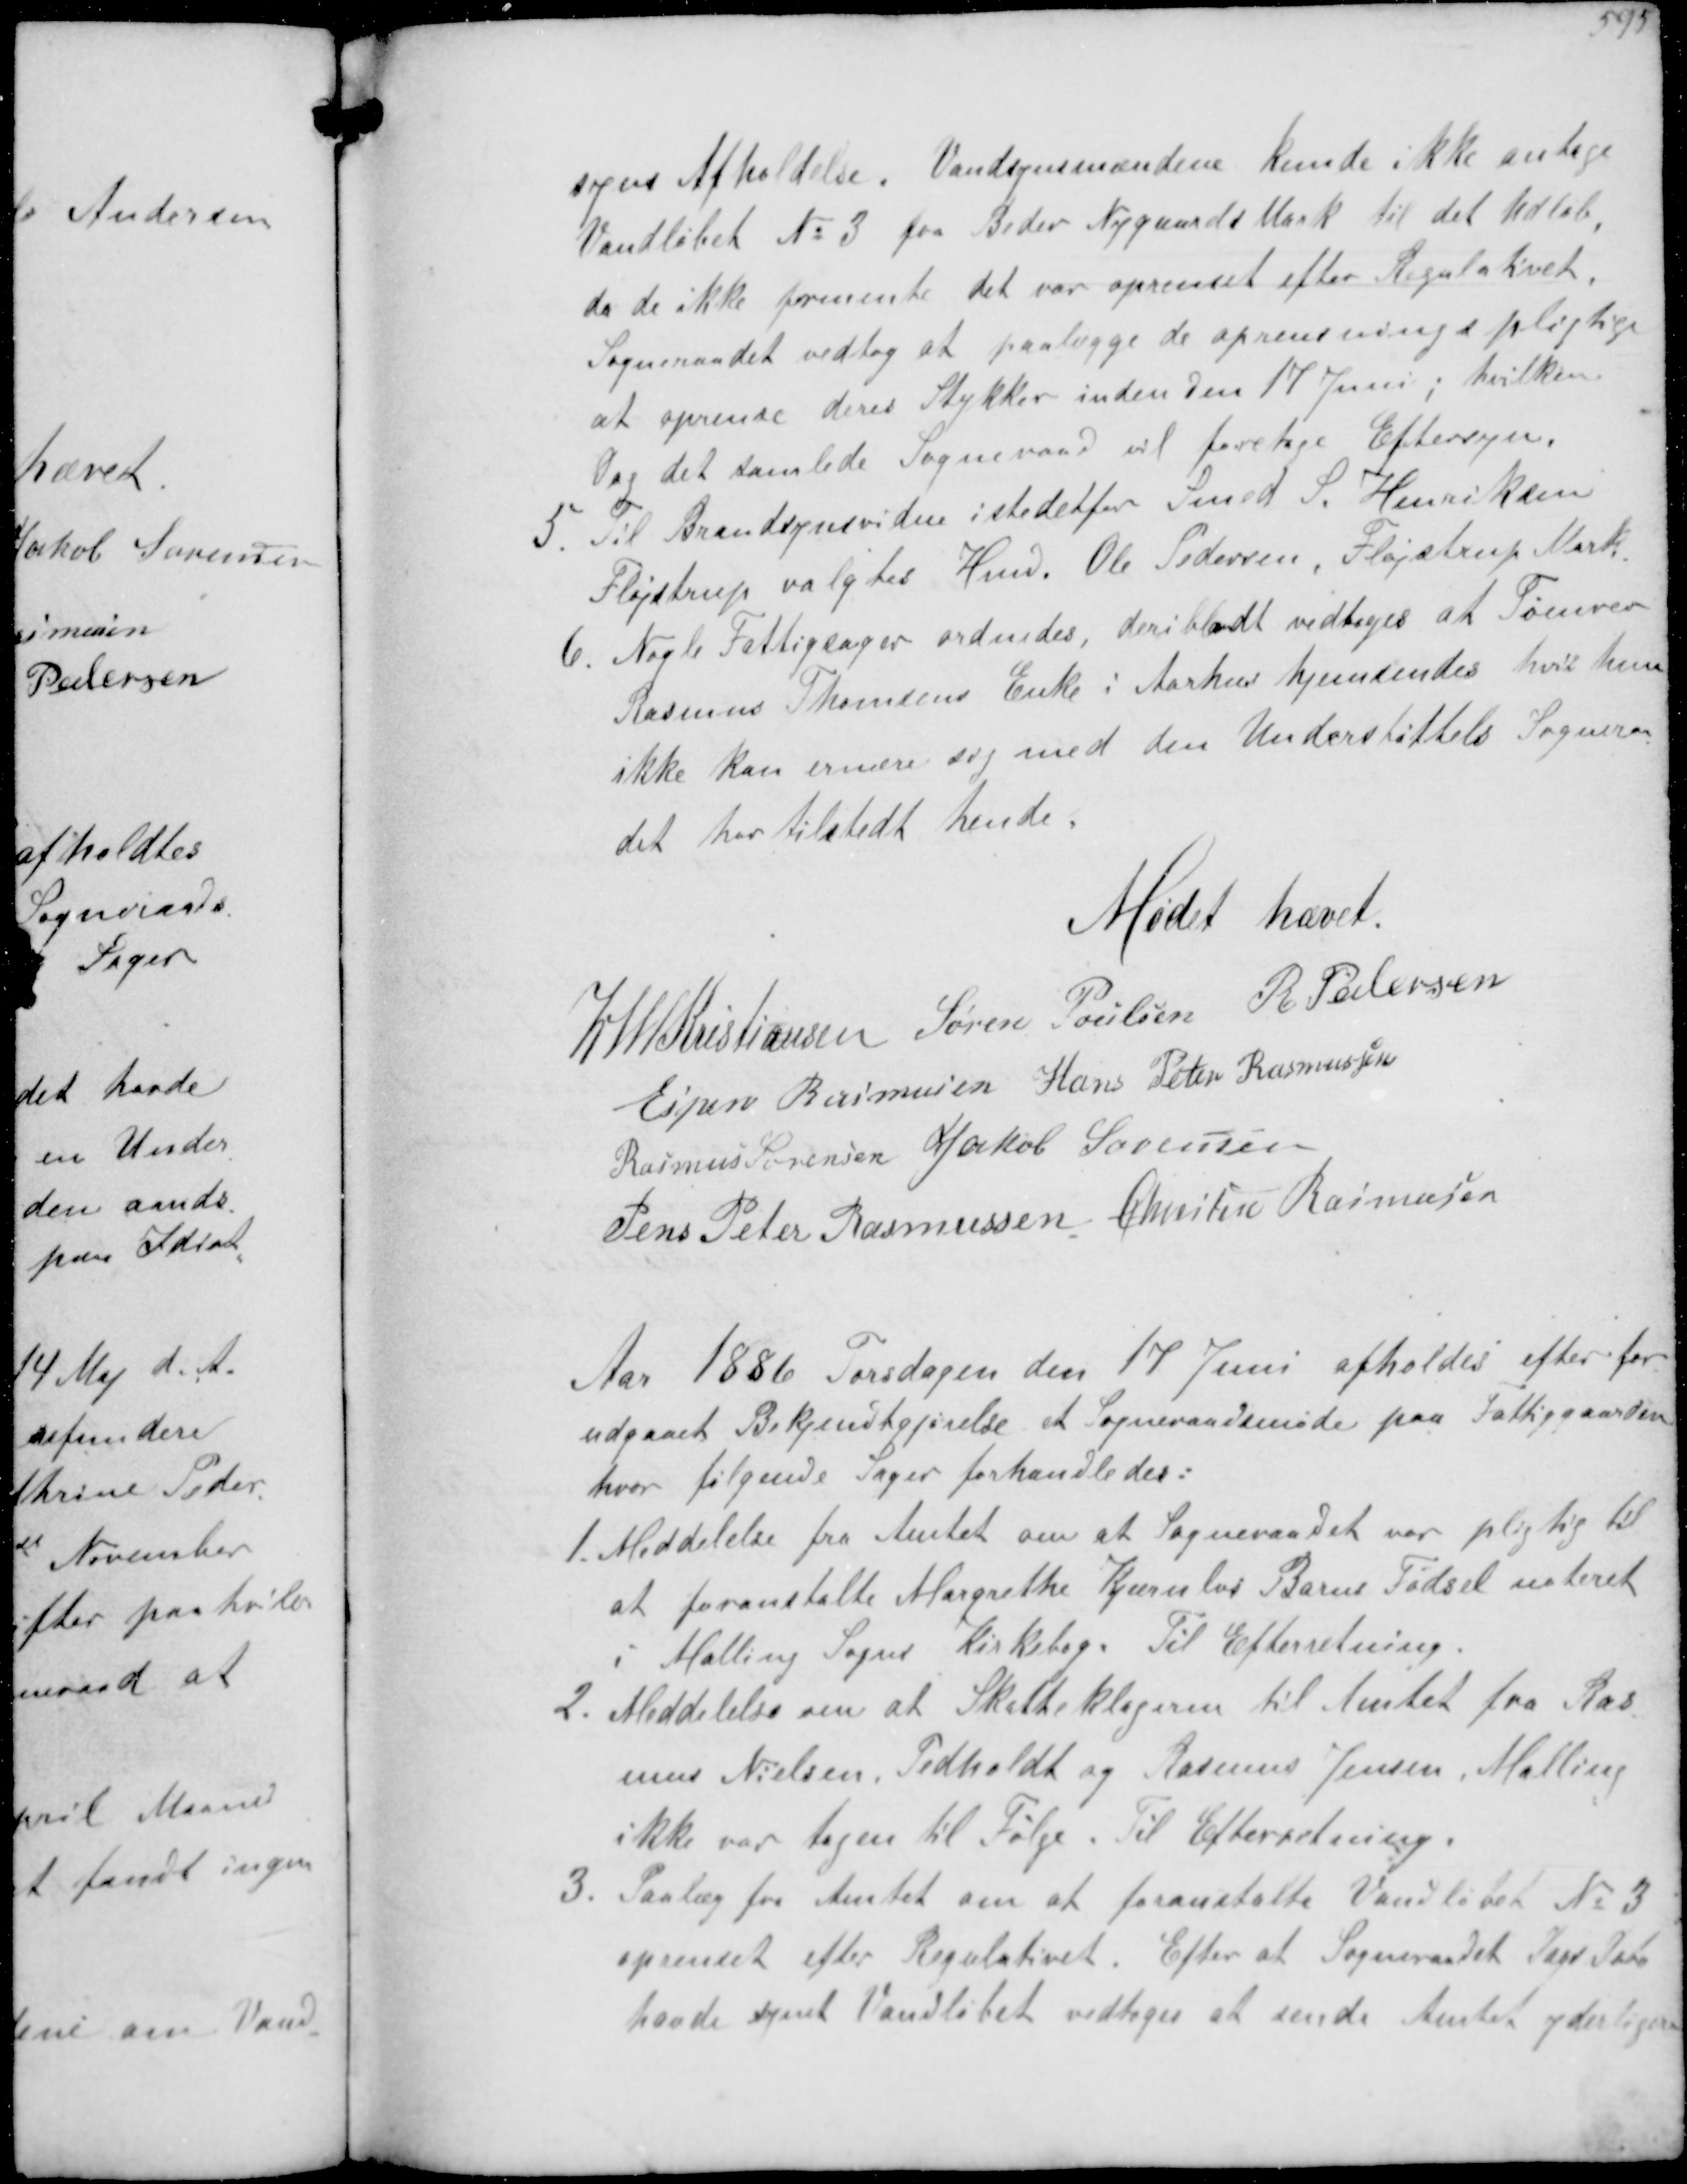
Transskription:
syns Afholdelse. Vandsynsmændene kunde ikke antage
Vandløbet No 3 fra Beder Nygaards Mark til det Udløb
da de ikke formente det var oprenset efter Regulativet.
Sogneraadet vedtog at paalægge de oprensningspligtige
at oprense deres Stykker inden den 17 Juni ; hvilken
Dag det samlede Sogneraad vil foretage Eftersyn.
5. Til Brandsynsvidne istedetfor Smed S. Henriksen
Fløjstrup valgtes Hmd Ole Pedersen Fløjstrup Mark
6. Nogle Fattigsager ordnedes, deriblandt vedtoges at Tømrer
Rasmus Thomsens Enke i Aarhus hjemsendes hvis hun
ikke kan ernære sig med den Understøttelse Sogneraa-
det har tilstedt hende.

Mødet hævet

K N M Kristiansen Søren Poulsen R. Pedersen
Espen Rasmussen Hans Peter Rasmussen
Rasmus Sørensen Jakob Sørensen
Jens Peter Rasmussen Chresten Rasmussen

Aar 1886 Torsdagen den 17 Juni afholdes efter for-
udgaaet Bekjendtgørelse et Sogneraadsmøde paa Fattiggaarden
hvor følgende Sager forhandledes.
1. Meddelelse fra Amtet om at Sogneraadet var pligtig til
at foranstalte Margrethe Kjærnbos Barns Fødsel noteret
i Malling Sogns Kirkebog. Til Efterretning.
2. Meddelelse om at Skatteklagerne til Amtet fra Ras-
mus Nielsen Pedholdt og Rasmus Jensen Malling
ikke var tagen til Følge. Til Efterretning.
3. Paalæg for Amtet om at foranstalte Vandløbet No 3
oprenset efter Regulativet. Efter at Sogneraadet Dags Dato
havde synet Vandløbet vedtoges at sende Amtet yderligere